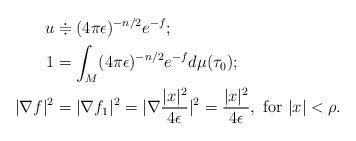
LaTeX: \begin{align*}u &\doteqdot (4\pi\epsilon)^{-n/2}e^{-f};\\1 &=\int_M (4\pi\epsilon)^{-n/2}e^{-f} d\mu (\tau_0);\\|\nabla f|^2 &=|\nabla f_1|^2=|\nabla \frac{|x|^2}{4\epsilon}|^2=\frac{|x|^2}{4\epsilon}, \textrm{ for $|x|<\rho$}.\end{align*}